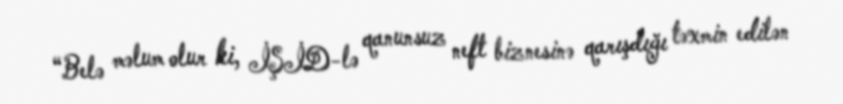
“Belə məlum olur ki, İŞİD-lə qanunsuz neft biznesinə qarışdığı təxmin edilən